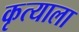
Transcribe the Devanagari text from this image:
कृत्याला